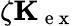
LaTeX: \zeta\mathbf{K}_{\mathrm{~e~x~}}